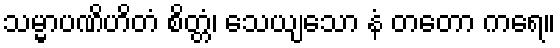
သမ္မာပဏိဟိတံ စိတ္တံ၊ သေယျသော နံ တတော ကရေ။